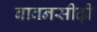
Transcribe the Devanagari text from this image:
बावनसीढ़ी